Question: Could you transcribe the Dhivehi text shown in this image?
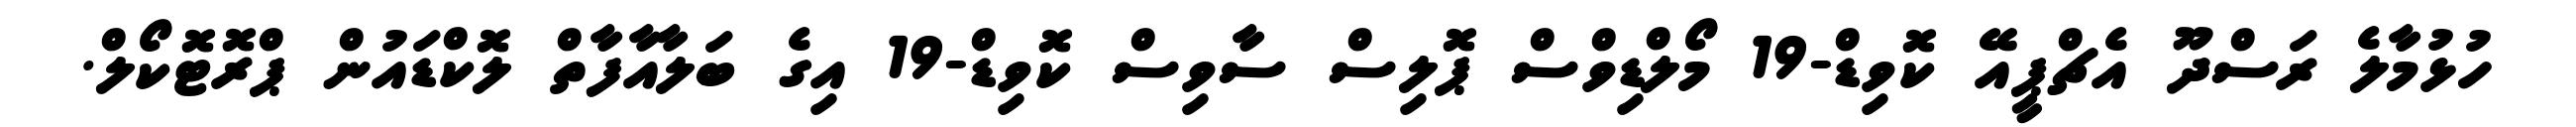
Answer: ހުޅުމާލެ ރަސްދޫ އެޗްޕީއޭ ކޮވިޑް-19 މޯލްޑިވްސް ޕޮލިސް ސާވިސް ކޮވިޑް-19 އިގެ ބަލާއާފާތް ލޮކްޑައުން ޕްރޮޓޮކޯލް.